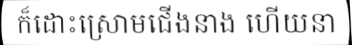
ក៏ដោះស្រោមជើងនាង ហើយនា